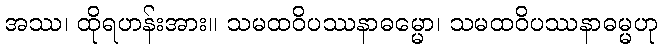
အဿ၊ ထိုရဟန်းအား။ သမထဝိပဿနာဓမ္မော၊ သမထဝိပဿနာဓမ္မဟု